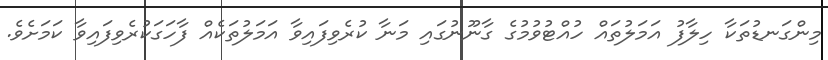
މިންގަނޑުތަކާ ހިލާފު އަމަލުތައް ހުއްޓުވުމުގެ ގާނޫނުގައި މަނާ ކުރެވިފައިވާ އަމަލުތަކެއް ފާހަގަކުރެވިފައިވާ ކަމަށެވެ.